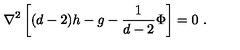
\nabla ^ { 2 } \left[ ( d - 2 ) h - g - \frac { 1 } { d - 2 } \Phi \right] = 0 \ .